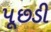
પૂછડી